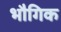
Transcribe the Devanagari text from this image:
भौगिक